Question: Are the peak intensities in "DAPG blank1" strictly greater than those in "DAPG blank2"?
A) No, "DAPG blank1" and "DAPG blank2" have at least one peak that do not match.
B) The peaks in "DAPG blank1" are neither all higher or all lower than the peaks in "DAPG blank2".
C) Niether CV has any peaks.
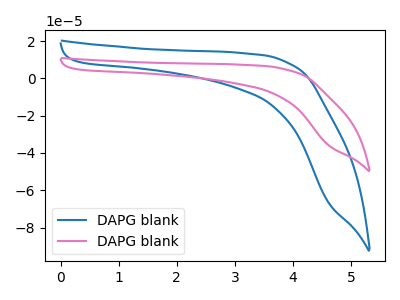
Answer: <think>The blue curve "DAPG blank1" has no peaks. The pink curve "DAPG blank2" has no peaks.</think>
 <answer>C) Niether CV has any peaks.</answer>
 <eval>C</eval>